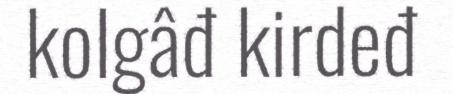
kolgâđ kirdeđ